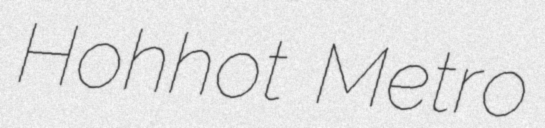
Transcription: Hohhot Metro